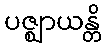
ပဇ္ဈာယန္တိ